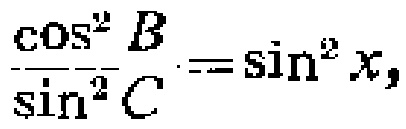
\(\frac{\cos^{2}B}{\sin^{2}C}=\sin^{2}x,\)